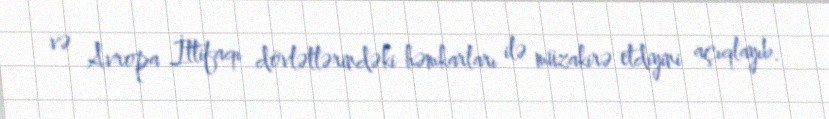
və Avropa İttifaqı dövlətlərindəki həmkarları ilə müzakirə etdiyini açıqlayıb.